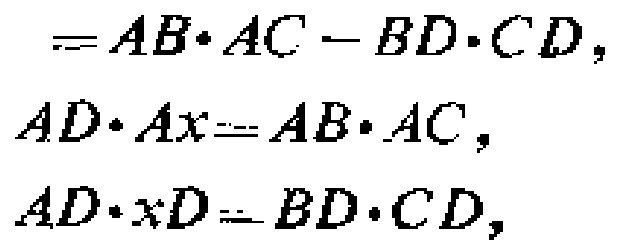
\[
\begin{align*}
&=AB\cdot AC - BD\cdot CD,\\
AD\cdot Ax&=AB\cdot AC,\\
AD\cdot xD&=BD\cdot CD,
\end{align*}
\]